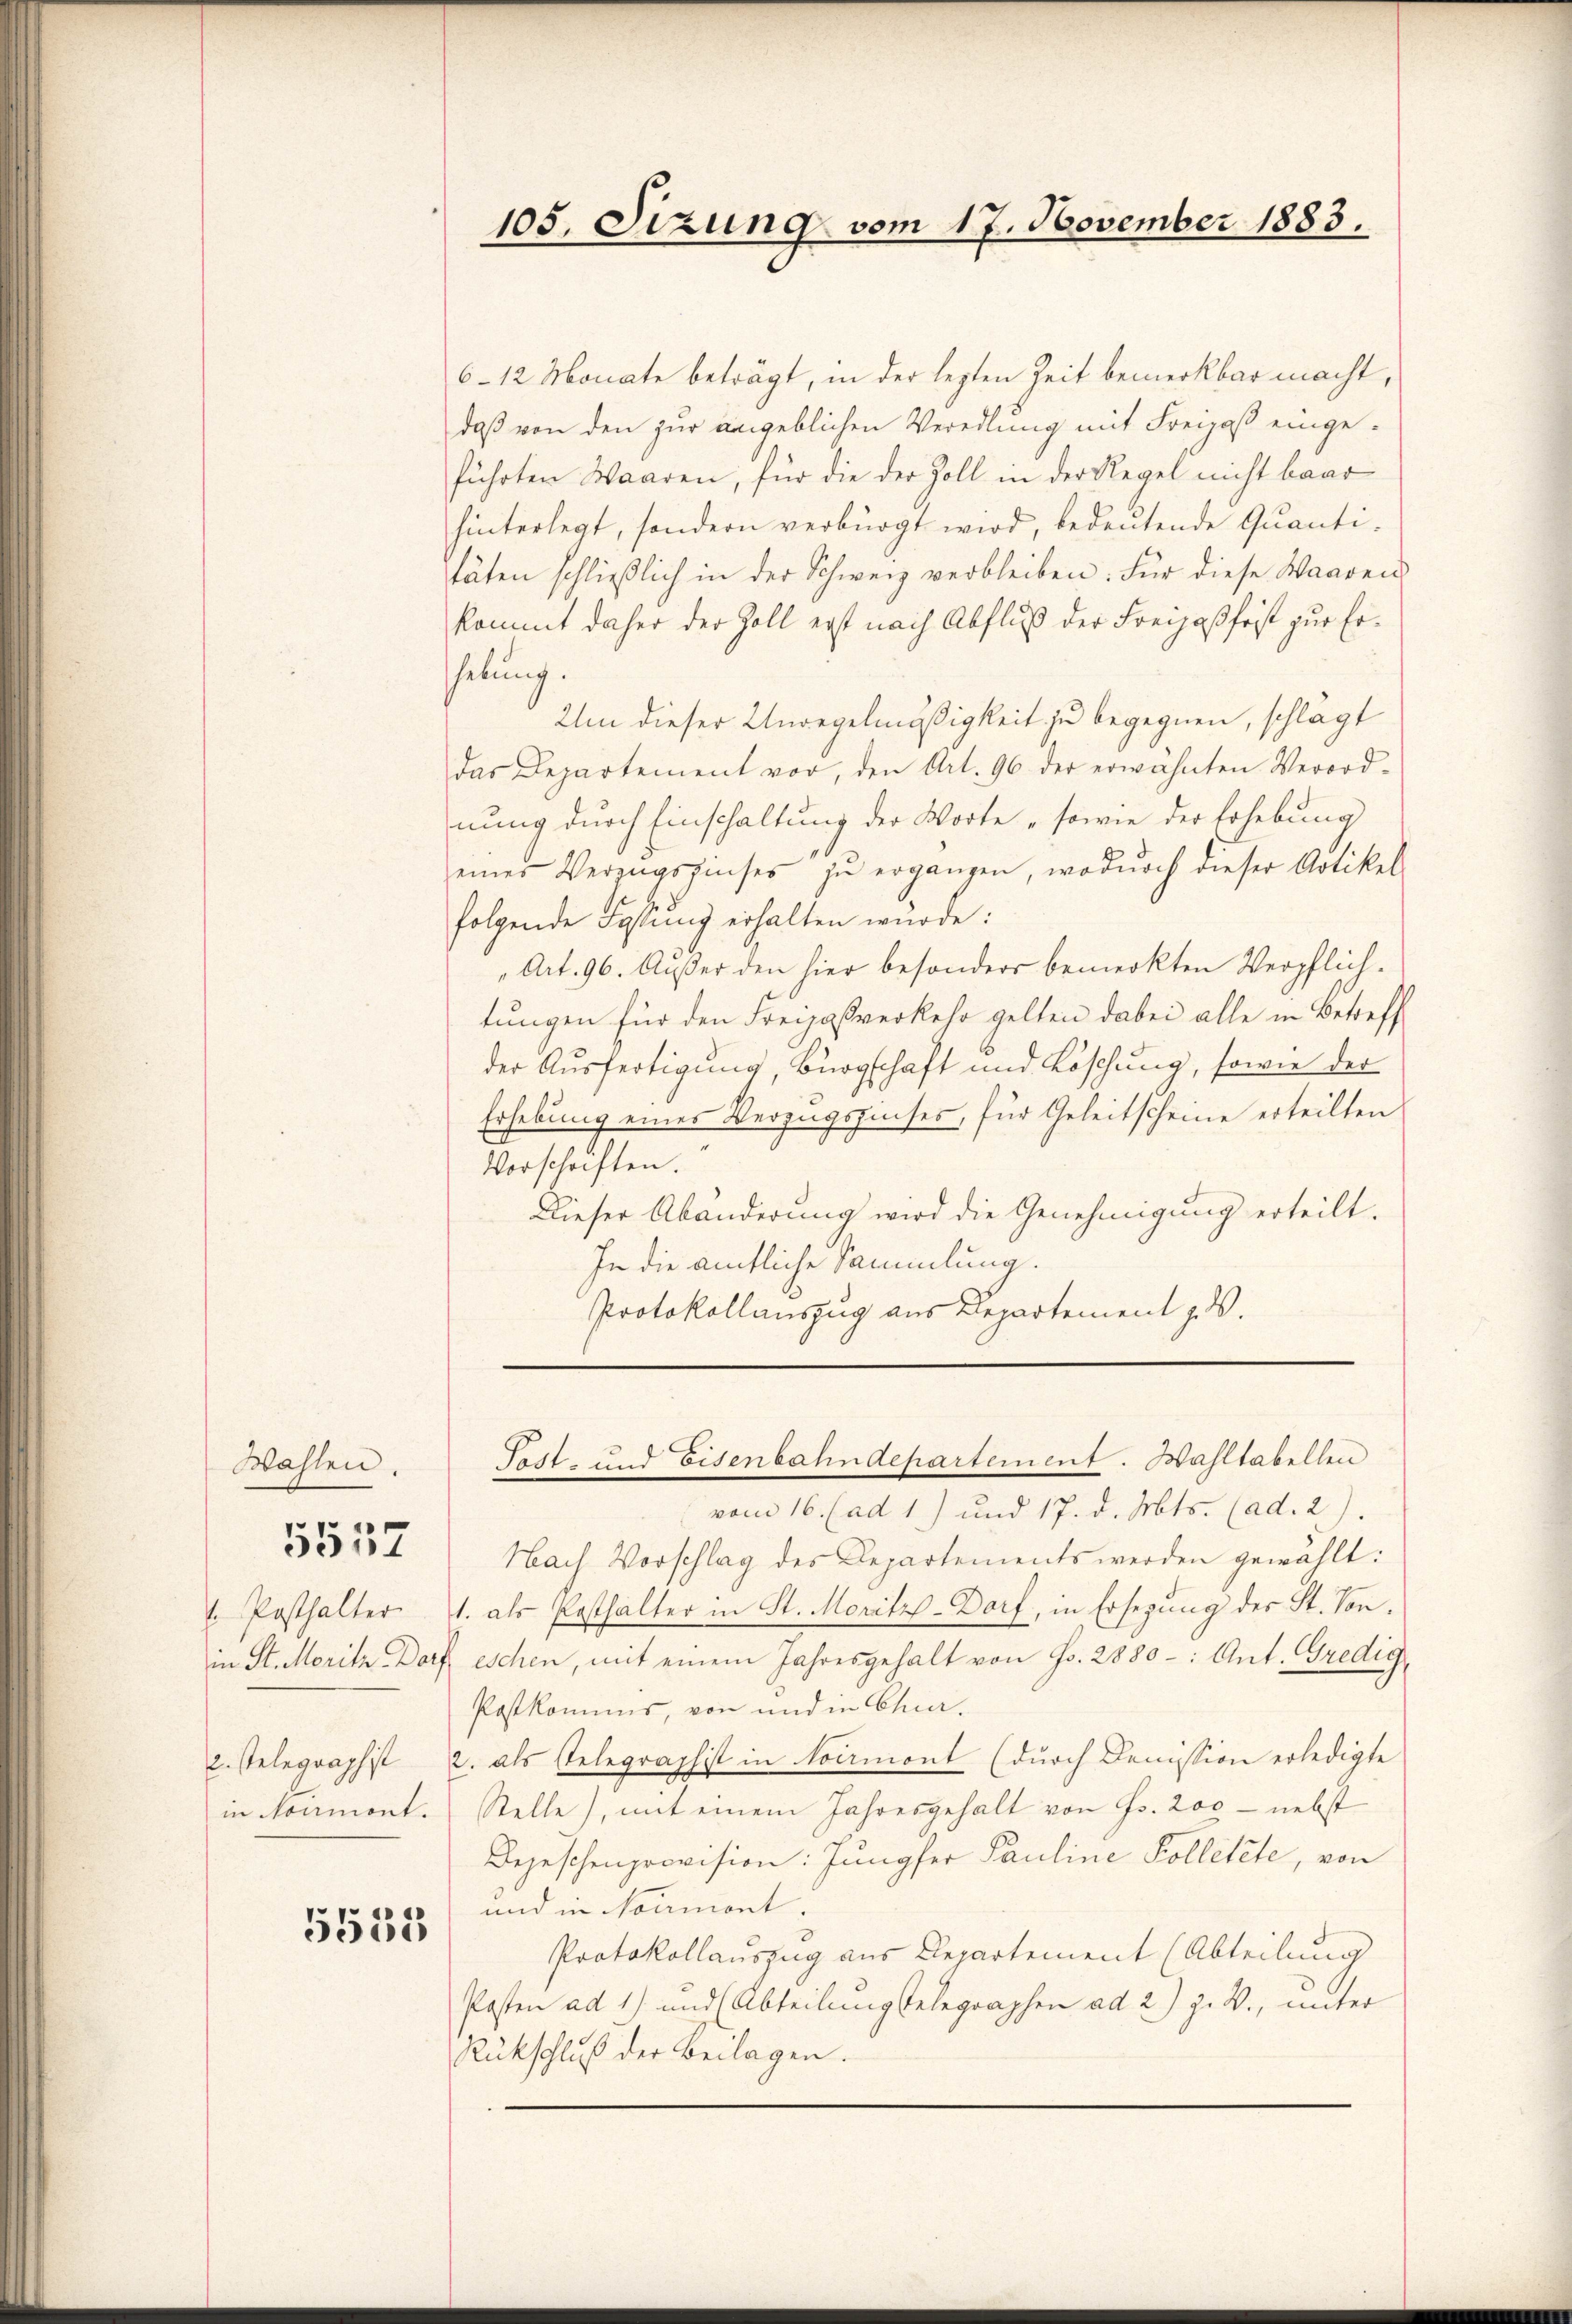
Wahlen.
. Posthalter
2. stelegraphist
in Noumont.

5557

5533

105. Sizung vom 17. November 1883.

6–12 Monate beträgt, in der lezten Zeit bemerkbar macht,
daß von den zur angeblichen Veredlung mit Freizoß eingeführten Waaren, für die der Zoll in der Regel nicht baar
hinterlegt, sondern verbürgt wird, bedeutende Quanti-
täten schließlich in der Schweiz verbleiben. Für diese Waaren
kommt daher der Zoll erst nach Abfluß der Freizaßfrist zur Erhebung.
Um dieser Unregelmäßigkeit zu begegnen, schlägt
das Departement vor, den Art. 96 der erwähnten Verord-
nung durch Einschaltung der Worte „sowie der Erhebung
einer Verzugszinses zŭ ergängen, wodŭrch dieser Artikel
folgende Fassung erhalten wurde:
„Art. 96. Außer den hier besonders bemerkten Verpflich-
tungen für den Freizastverkehr gelten dabei alle in Betreff
der Ausfertigung, Bürgschaft und Löschung, sowie der
Erhebung eines Verzugszinses, für Geleitscheine erteilten
Vorschriften.
Dieser Abänderung wird die Genehmigung erteilt.
In die amtliche Sammlung.
Protokollauszug aus Departement z. d.

Fest- und Eisenbahndepartement. Wahltabellen

vom 16. (ad 1) und 17. d. Mts. (ad. 2).
Nach Vorschlag des Departements werden gewählt:
1. als Posthalter in St. Moritz-Dorf, in Ersezung des St. Sonin St. Moritz Dorf eschen, mit einem Jahresgehalt von Fr. 2880-: Ant. Gredig
Postkommis, von und in Chur.
2. als Relegraphist in koemont (durch Demission erledigte
Stelle), mit einem Jahresgehalt von Fr. 200 - nebst
Depeschenprovision: Jungfer Pauline Kolletete, von
und in Normont.
Protokollauszug aus Departement (Abteilung
Posten ad 1) und (Abteilung stelegraphen ad 2) z. B., unter
Rückschluß der Beilagen.